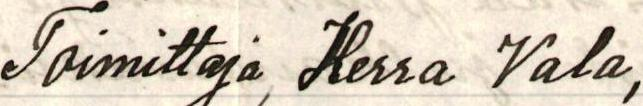
Toimittaja, Herra Vala,